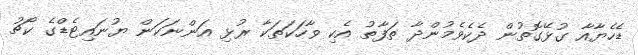
ޑެހެޔާއާ ގުޅޭގޮތުން ދެކެވެމުންދާ ތަފާތު އެކި ވާހަކަތަކާ ރުޅި އަންނަކަން ޔުނައިޓެޑްގެ ކޯޗު